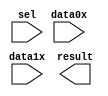
// megafunction wizard: %LPM_MUX%VBB%
// GENERATION: STANDARD
// VERSION: WM1.0
// MODULE: LPM_MUX 

// ============================================================
// Megafunction Name(s):
// 			LPM_MUX
//
// Simulation Library Files(s):
// 			lpm
// ============================================================
// ************************************************************
// THIS IS A WIZARD-GENERATED FILE. DO NOT EDIT THIS FILE!
//
// 13.0.1 Build 232 06/12/2013 SP 1 SJ Web Edition
// ************************************************************

//Copyright (C) 1991-2013 Altera Corporation
//Your use of Altera Corporation's design tools, logic functions 
//and other software and tools, and its AMPP partner logic 
//functions, and any output files from any of the foregoing 
//(including device programming or simulation files), and any 
//associated documentation or information are expressly subject 
//to the terms and conditions of the Altera Program License 
//Subscription Agreement, Altera MegaCore Function License 
//Agreement, or other applicable license agreement, including, 
//without limitation, that your use is for the sole purpose of 
//programming logic devices manufactured by Altera and sold by 
//Altera or its authorized distributors.  Please refer to the 
//applicable agreement for further details.

module lpm_mux0 (
	data0x,
	data1x,
	sel,
	result);

	input	[31:0]  data0x;
	input	[31:0]  data1x;
	input	  sel;
	output	[31:0]  result;

endmodule

// ============================================================
// CNX file retrieval info
// ============================================================
// Retrieval info: PRIVATE: INTENDED_DEVICE_FAMILY STRING "Cyclone II"
// Retrieval info: PRIVATE: SYNTH_WRAPPER_GEN_POSTFIX STRING "0"
// Retrieval info: PRIVATE: new_diagram STRING "1"
// Retrieval info: LIBRARY: lpm lpm.lpm_components.all
// Retrieval info: CONSTANT: LPM_SIZE NUMERIC "2"
// Retrieval info: CONSTANT: LPM_TYPE STRING "LPM_MUX"
// Retrieval info: CONSTANT: LPM_WIDTH NUMERIC "32"
// Retrieval info: CONSTANT: LPM_WIDTHS NUMERIC "1"
// Retrieval info: USED_PORT: data0x 0 0 32 0 INPUT NODEFVAL "data0x[31..0]"
// Retrieval info: USED_PORT: data1x 0 0 32 0 INPUT NODEFVAL "data1x[31..0]"
// Retrieval info: USED_PORT: result 0 0 32 0 OUTPUT NODEFVAL "result[31..0]"
// Retrieval info: USED_PORT: sel 0 0 0 0 INPUT NODEFVAL "sel"
// Retrieval info: CONNECT: @data 0 0 32 0 data0x 0 0 32 0
// Retrieval info: CONNECT: @data 0 0 32 32 data1x 0 0 32 0
// Retrieval info: CONNECT: @sel 0 0 1 0 sel 0 0 0 0
// Retrieval info: CONNECT: result 0 0 32 0 @result 0 0 32 0
// Retrieval info: GEN_FILE: TYPE_NORMAL lpm_mux0.v TRUE
// Retrieval info: GEN_FILE: TYPE_NORMAL lpm_mux0.inc FALSE
// Retrieval info: GEN_FILE: TYPE_NORMAL lpm_mux0.cmp FALSE
// Retrieval info: GEN_FILE: TYPE_NORMAL lpm_mux0.bsf TRUE FALSE
// Retrieval info: GEN_FILE: TYPE_NORMAL lpm_mux0_inst.v TRUE
// Retrieval info: GEN_FILE: TYPE_NORMAL lpm_mux0_bb.v TRUE
// Retrieval info: LIB_FILE: lpm